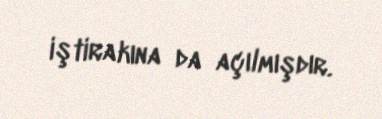
iştirakına da açılmışdır.